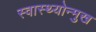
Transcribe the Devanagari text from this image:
स्वास्थ्योन्मुख